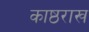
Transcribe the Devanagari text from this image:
काष्ठराख